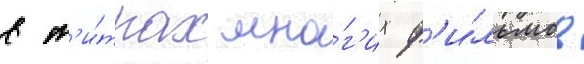
в т'и́трах мно́г'их ф'и́льмов